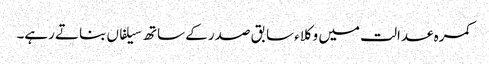
کمرہ عدالت میں وکلاء سابق صدر کے ساتھ سیلفاں بناتے رہے۔